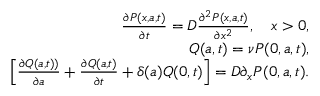
\begin{array} { r l r } & { } & { \frac { \partial P ( x , a , t ) } { \partial t } = D \frac { \partial ^ { 2 } P ( x , a , t ) } { \partial x ^ { 2 } } , \quad x > 0 , } \\ & { } & { Q ( a , t ) = \nu P ( 0 , a , t ) , } \\ & { } & { \left[ \frac { \partial Q ( a , t ) ) } { \partial a } + \frac { \partial Q ( a , t ) } { \partial t } + \delta ( a ) Q ( 0 , t ) \right] = D \partial _ { x } P ( 0 , a , t ) . } \end{array}